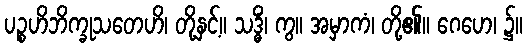
ပဉ္စဟိဘိက္ခုသတေဟိ၊ တို့နှင့်။ သဒ္ဓိံ၊ ကွ။ အမှာကံ၊ တို့၏။ ဂေဟေ၊ ၌။